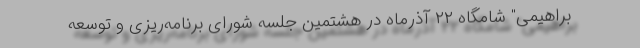
براهیمی" شامگاه ۲۲ آذرماه در هشتمین جلسه شورای برنامه‌ریزی و توسعه